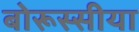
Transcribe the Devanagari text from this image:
बोरूस्सीया